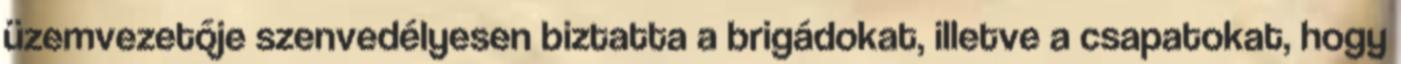
üzemvezetője szenvedélyesen biztatta a brigádokat, illetve a csapatokat, hogy